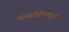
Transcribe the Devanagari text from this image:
कार्बाईडमधून